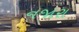
નજારા